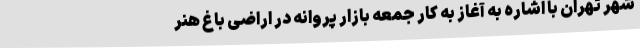
شهر تهران با اشاره به آغاز به کار جمعه بازار پروانه در اراضی باغ هنر